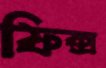
ফিক্স